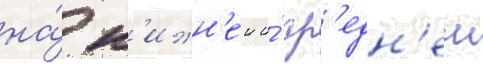
на́ н'ижн'еи и́ ср'едн'еи